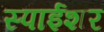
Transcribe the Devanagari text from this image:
स्पाईशर